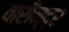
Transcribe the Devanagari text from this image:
वारीन्द्र